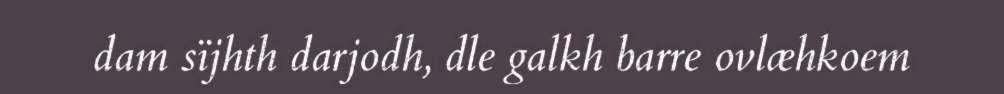
dam sïjhth darjodh, dle galkh barre ovlæhkoem